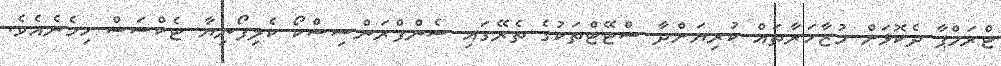
ޓްރަމްޕާ ދެކޮޅަށް މުޒާހަރާތައް ކުރިޔަށްދާ ސްޓޭޓްތަކުގެ ތެރޭގައި ސެންފްރަންސިސްކޯ ކެލިފޯނިޔާ ޓެކްސަސް ހިމެނެއެވެ.